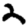
Digit: 2